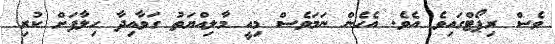
ވެސް ރިޕޯޓްގައިވެ އެވެ. އެހެން ނަމަވެސް މިއީ މާލިއްޔަތު ގަވާއިދާ ހިލާފަށް ކުރި